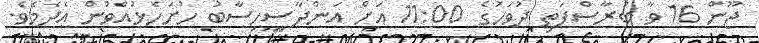
ޖޫން 16 ވާ ބުރާސްފަތި ދުވަހުގެ 11:00 އަށް އަންދާސީހިސާބު ހުށަހެޅުއްވުން އެދެމެވެ.